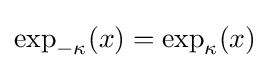
\exp _{-\kappa }(x)=\exp _{\kappa }(x)